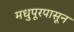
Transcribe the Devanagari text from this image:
मधुपूरपासून